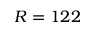
R = 1 2 2